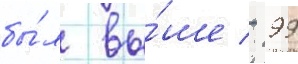
бы́л вы́ше - 99